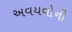
અવયવોની